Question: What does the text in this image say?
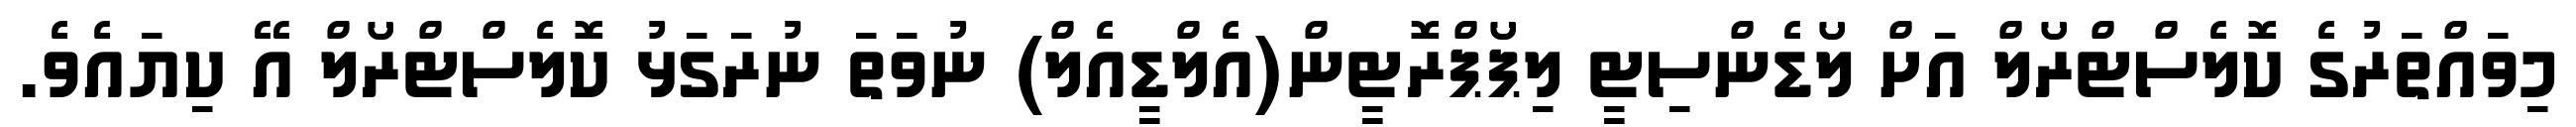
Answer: މިވައްތަރުގެ ކޮލެސްޓްރޯލް އަށް ލޯޑެންސިޓީ ލިޕޯޕްރޮޓީން(އެލްޑީއެލް) ނުވަތަ ނުރަގަޅު ކޮލެސްޓްރޯލް އޭ ކިޔައެވެ.